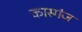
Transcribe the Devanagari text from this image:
कास्गंज